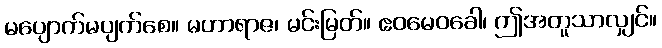
မပျောက်မပျက်စေ။ မဟာရာဇ၊ မင်းမြတ်။ ဧဝမေဝခေါ၊ ဤအတူသာလျှင်။